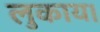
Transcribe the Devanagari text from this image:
लुकाय।